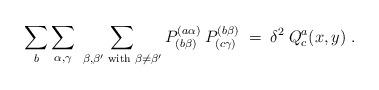
LaTeX: \begin{align*}\sum_b \sum_{\alpha, \gamma} \;\sum_{\beta, \beta' {\mbox{\scriptsize{ with }}} \beta \neq \beta'} P^{(a \alpha)}_{(b \beta)}\: P^{(b \beta)}_{(c \gamma)} \;=\;\delta^2\: Q^a_c(x,y) \;.\end{align*}